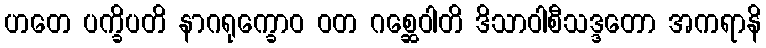
ဟတေ ပက္ခိပတိ နာဂရုက္ခောဝ ဝတ ဂစ္ဆေဝါတိ ဒိသာဝါစီသဒ္ဒတော အကရာနိ